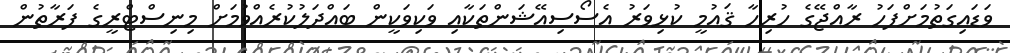
ވަޑައިގަތުމަށްފަހު ރާއްޖޭގެ ހުރިހާ ޤައުމީ ކުޅިވަރު އެސޯސިއޭޝަންތަކާއި ވަކިވަކީން ބައްދަލުކުރެއްވުމަށް މިނިސްޓްރީގެ ފަރާތުން